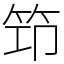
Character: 笻